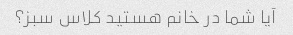
آیا شما در خانم هستید کلاس سبز؟